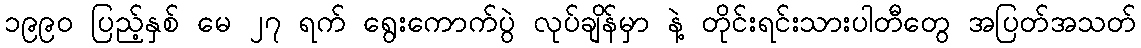
၁၉၉၀ ပြည့်နှစ် မေ ၂၇ ရက် ရွေးကောက်ပွဲ လုပ်ချိန်မှာ နဲ့ တိုင်းရင်းသားပါတီတွေ အပြတ်အသတ်